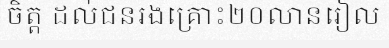
ចិត្ត ដល់ជនរងគ្រោះ២០លានរៀល